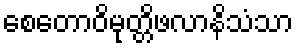
စေတောဝိမုတ္တိဖလာနိသံသာ